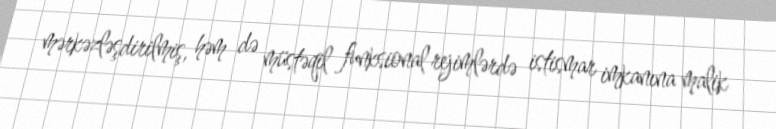
mərkəzləşdirilmiş, həm də müstəqil funksional rejimlərdə istismar imkanına malik